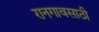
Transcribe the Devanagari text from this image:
रानगावसाठी